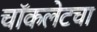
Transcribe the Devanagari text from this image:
चॉकलेटचा